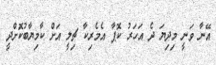
އޭނާ ވަނީ މިދިޔަ ދެ އަހަރު ކޮޕާ އެމެރިކާ ޗިލީ އަށް ކާމިޔާބުކޮަށްދީ